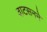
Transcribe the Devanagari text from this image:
वाटसनने